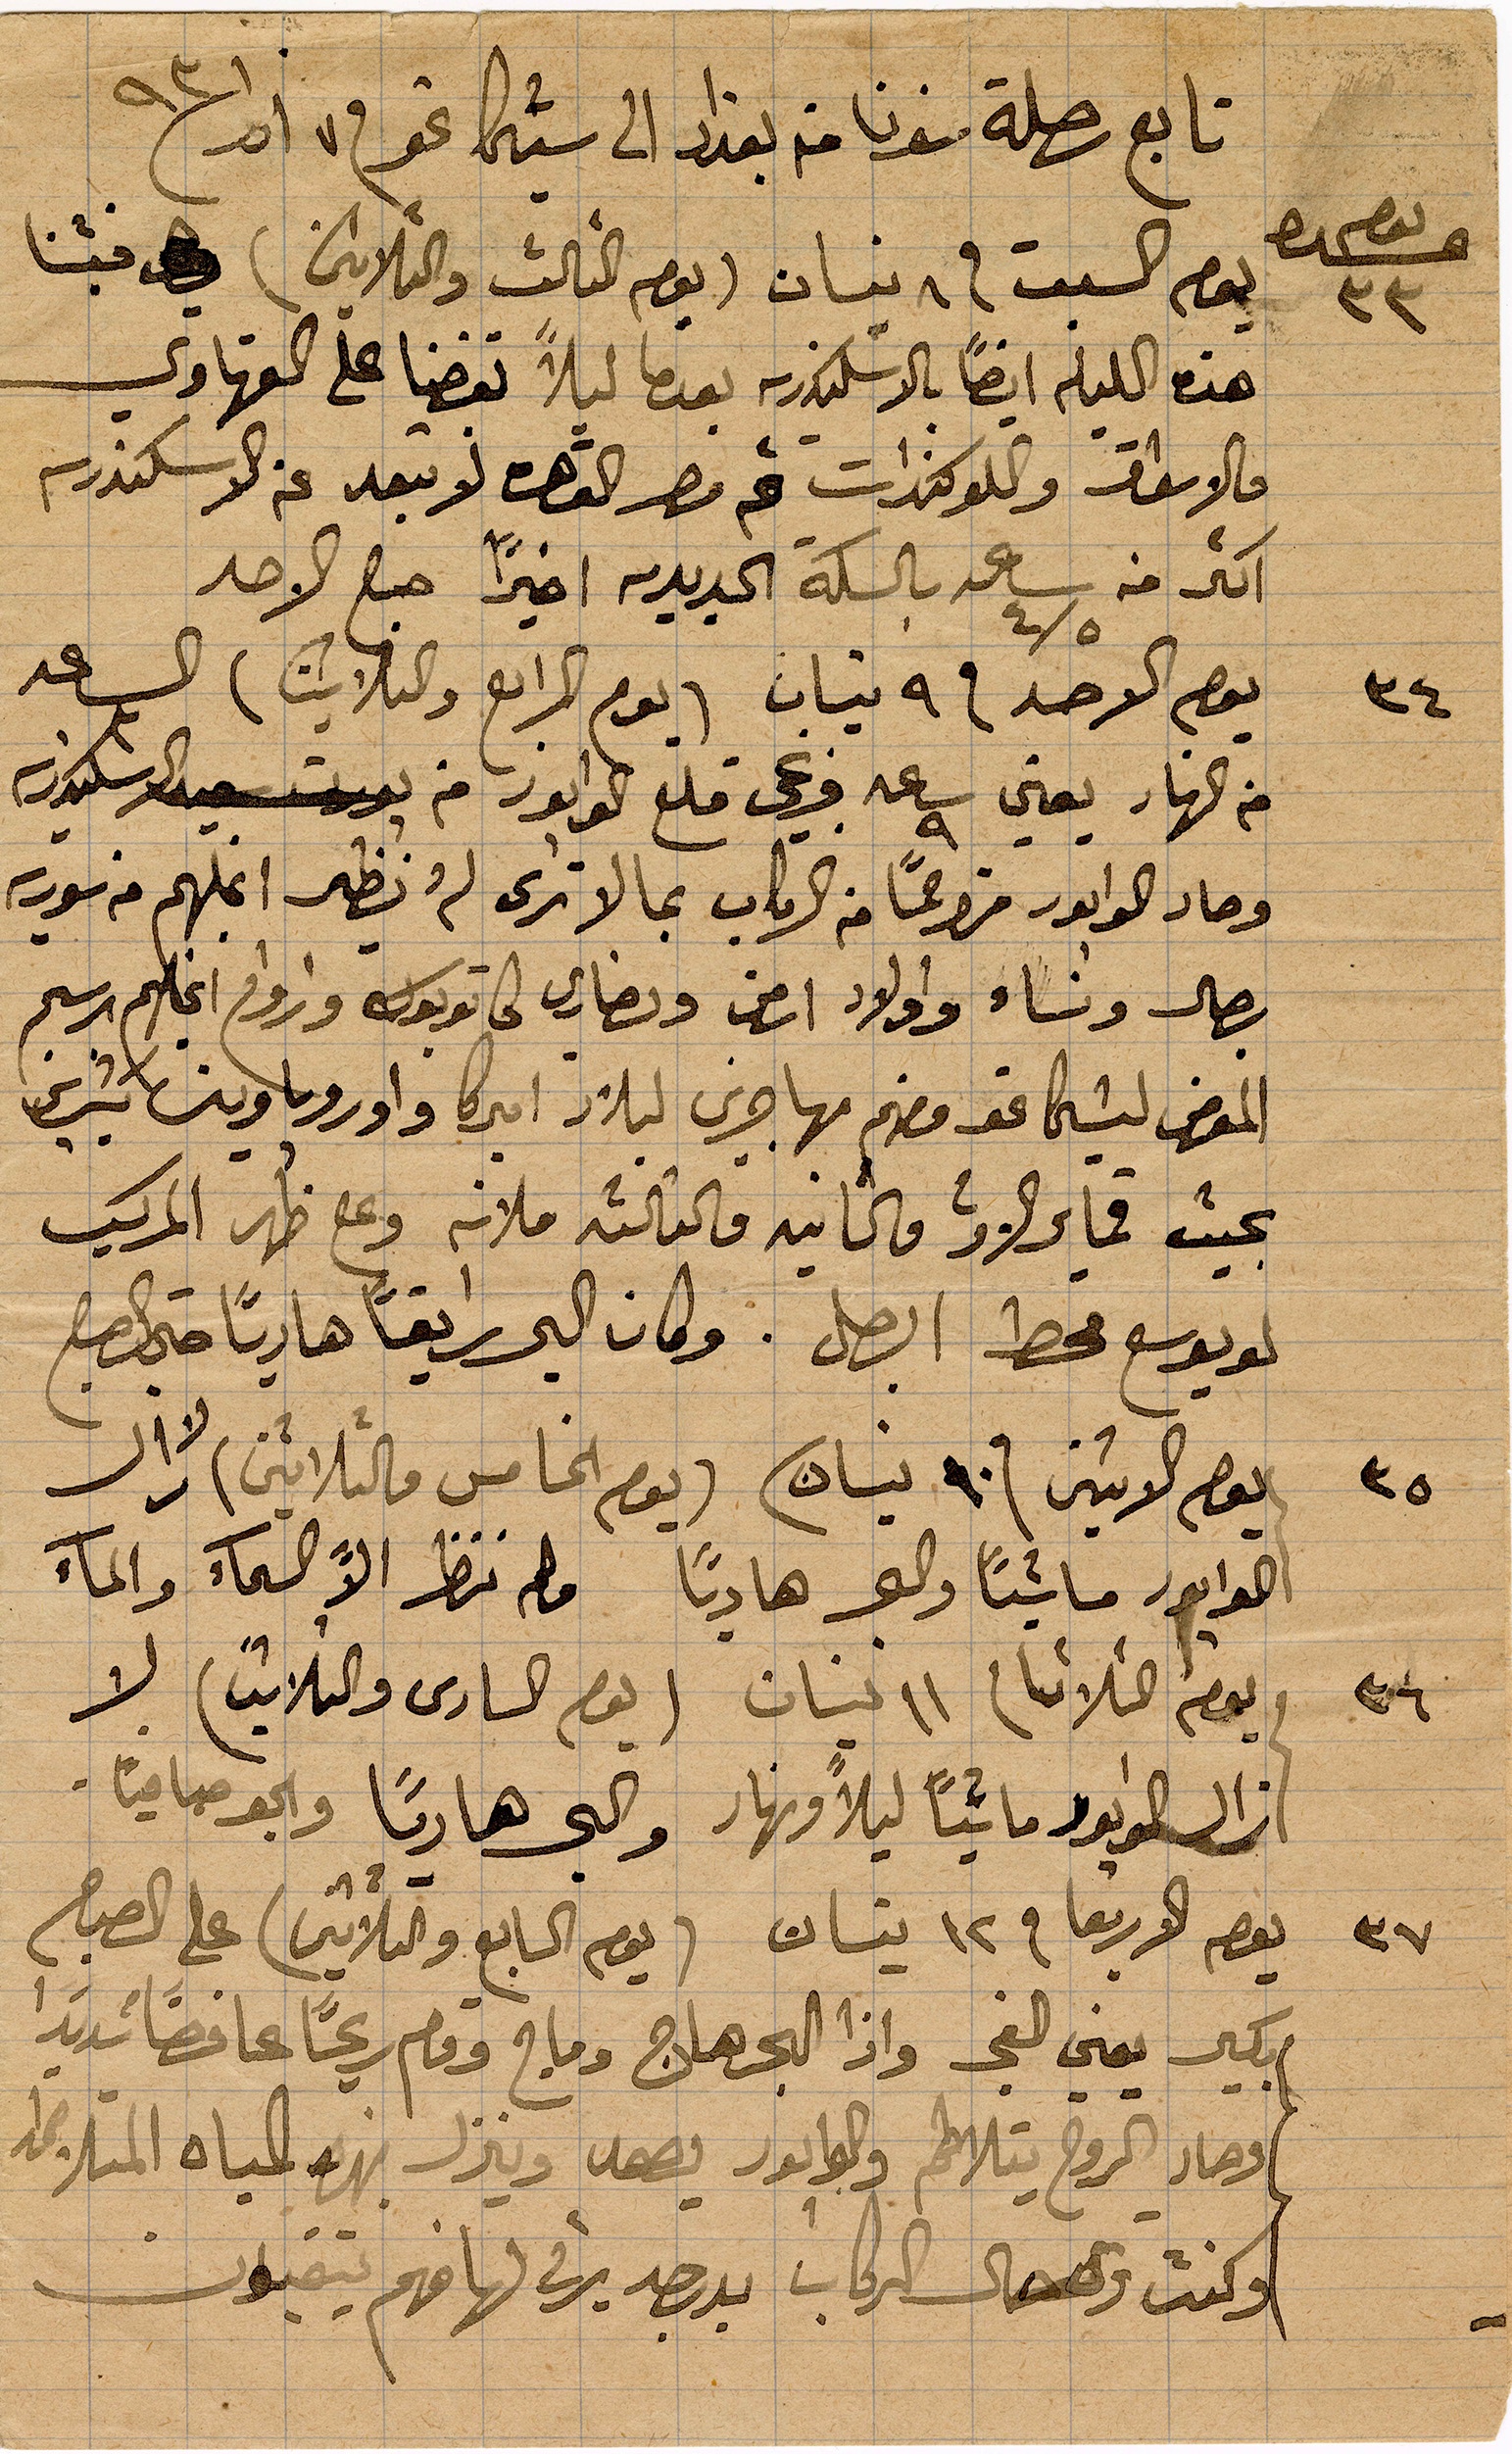
تابع رحلة سفرنا من بغداد الى شيكاغو في ٧ اذار ١٨٩٣
يوم السبت في ٨ نيسان (يوم الثالث والثلاثين) فبتنا
هذه الليلة ايضًا في الإسكندرية بعدما ليلًا ... على القهاوي
والأسواق واللوكندات ثم مصر القاهرة لا تبعد عن الإسكندرية
اكثر من ٤\٥ ساعة بالسكة الحديدية اخيرًأ صباح الاحد
يوم الاحد في ٩ نيسان (يوم الرابع والثلاثين) الساعد
من النهار يعني ساعة ٩ وعي قلع الوابور من الإسكندرية
وصار الوابور مزدحمًأ من الركاب بما لا ترى لم ويظهر اغلبهم من سورية
رجال ونساء واولاد ارمن ونصارى ...واورواح اغلبهم ...
المعرض لشيحا نحو معهم مهاجرين لبلاد اميركا وأوروبا ...
بحيث قماير الأولى والثانية والثالثة ملانة وعلى ظهر المركب
لو يوسع محط الرجل. وكان البحر رايقًا هاديًا حتى الصباح
يوم الاثنين ١٠ نيسان (يوم الخامس والثلاثين)
 لا الى الوابور ماشيًا والبحر هاديًا فلم ننظر الا السماء والماء
يوم الثلاثا ١١ نيسان (يوم السادس والثلاثين) لا
زال الوابور ماشيًا ليلًا ونهار والبحر هاديًا والو صافيًا
يوم الاربعا في ١٢ نيسان (يوم السابع والثلاثين) على الصباح
بكير يعني الفجر واذا البحر هاج وماج وقام ريحًا عاصفًا شديدًا
وصار الروح يتلاطم والوابور يصعد وينزل بهذه المياه المتلاطمة
وكنت الى الركاب بدرجة يرثى لها فهم يتقيون